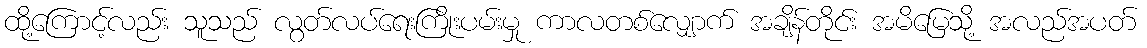
ထို့ကြောင့်လည်း သူသည် လွတ်လပ်ရေးကြိုးပမ်းမှု ကာလတစ်လျှောက် အချိန်တိုင်း အမိမြေသို့ အလည်အပတ်